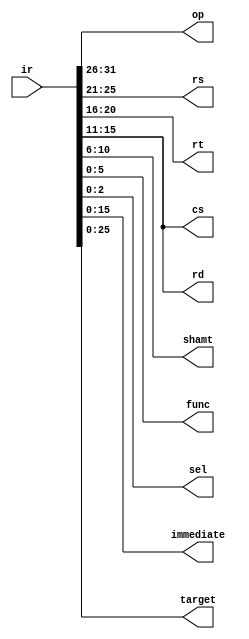
module decoder(
	ir,
	op,
	rs,
	rt,
	rd,
	shamt,
	func,
	cs,
	sel,
	immediate,
	target
);

input wire[31:0] ir;
output reg[5:0] op;
output reg[4:0] rs;
output reg[4:0] rt;
output reg[4:0] rd;
output reg[4:0] cs;
output reg[2:0] sel;
output reg[4:0] shamt;
output reg[5:0] func;
output reg[15:0] immediate;
output reg[25:0] target;

initial begin
	op = 6'b000000;
	rs = 5'b00000;
	rt = 5'b00000;
	rd = 5'b00000;
	cs = 5'b00000;
	sel = 3'b000;
end

always@(*)
begin
	op = ir[31:26];
	rs = ir[25:21];
	rt = ir[20:16];
	rd = ir[15:11];
	shamt = ir[10:6];
	func = ir[5:0];
	immediate = ir[15:0];
	target = ir[25:0];
	cs = ir[15:11];
	sel = ir[2:0];
end

endmodule